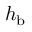
h _ { \mathrm { b } }